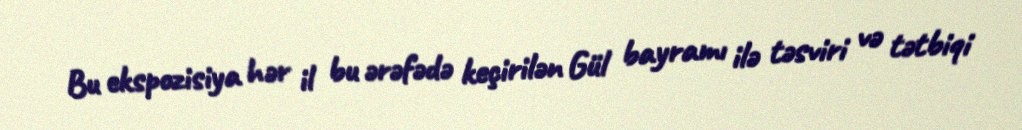
Bu ekspozisiya hər il bu ərəfədə keçirilən Gül bayramı ilə təsviri və tətbiqi